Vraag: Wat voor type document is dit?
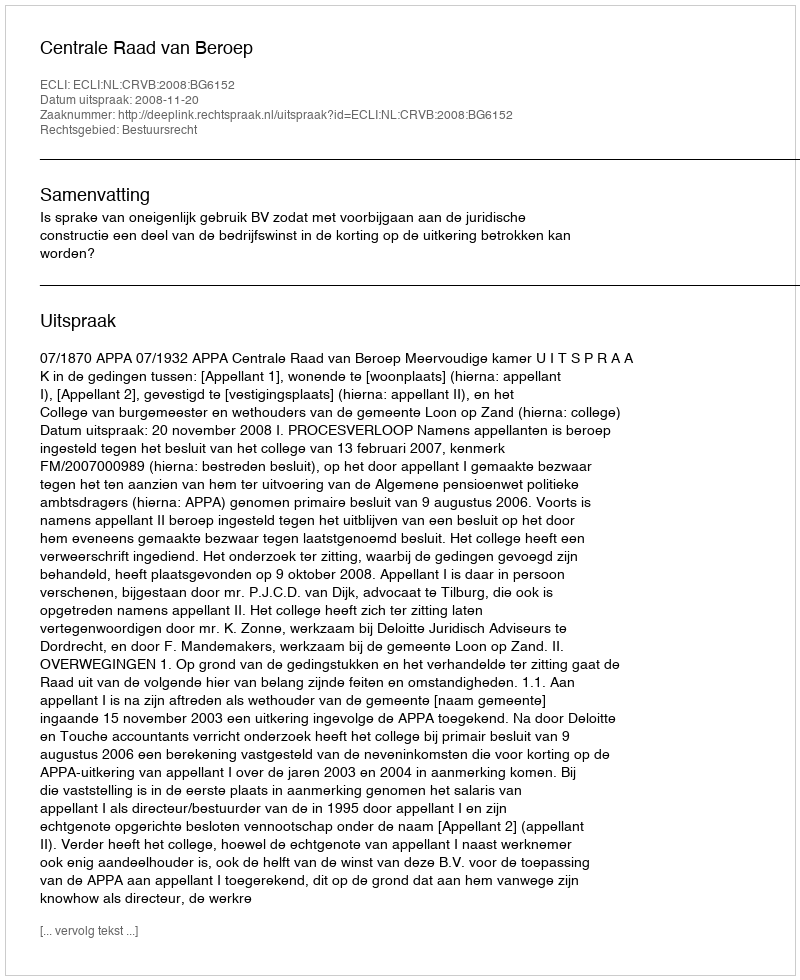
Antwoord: Uitspraak